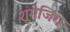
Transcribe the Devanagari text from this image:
शूगेजिंग